Vaccination North-Western Provinces and Oudh 1896-1901 - 1896-1901
Year: 1896
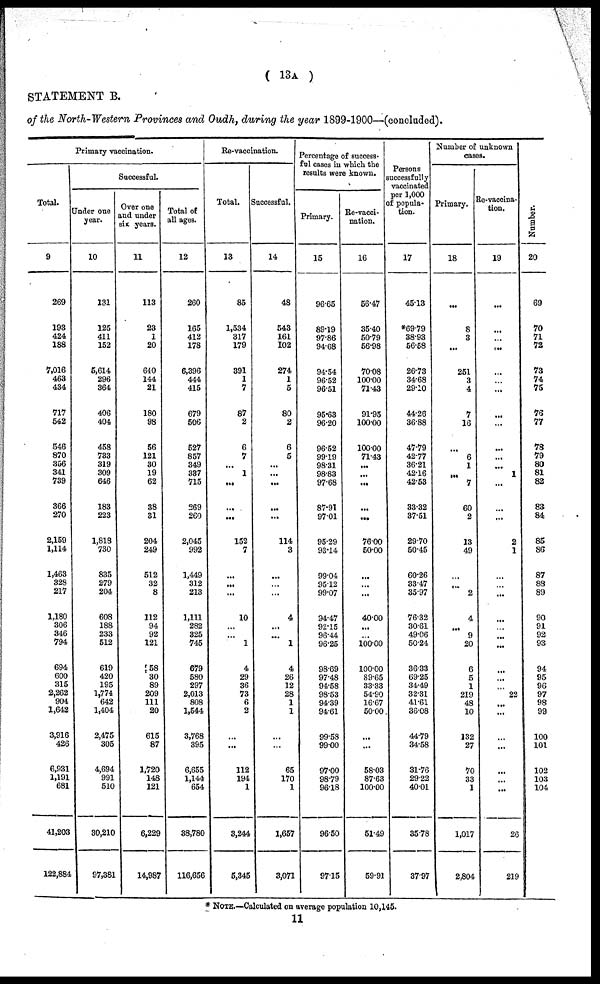
( 13A )
STATEMENT B.
of the North-Western Provinces and Oudh, during the year 1899-1900—(concluded).
Primary vaccination.
Total.
9
269
193
424
188
7,016
463
434
717
542
546
870
356
341
739
366
270
2,159
1,114
1,463
328
217
1,180
306
346
794
694
600
315
2,262
904
1,642
3,916
426
6,931
1,191
681
41,203
122,884
Successful.
Under one
year.
10
131
125
411
152
5,614
296
364
406
404
458
733
319
309
646
183
223
1,818
730
835
279
204
608
188
233
512
619
420
195
1,774
642
1,404
2,475
305
4,694
991
510
30,210
97,381
Over one
and under
six years.
11
113
23
1
20
610
144
21
180
98
56
121
30
19
62
38
31
204
249
512
32
8
112
94
92
121
558
30
89
209
111
20
615
87
1,720
148
121
6,229
14,987
Total of
all ages.
12
260
165
412
178
6,396
444
415
679
506
527
857
349
337
715
269
260
2,045
992
1,449
312
213
1,111
282
325
745
679
580
297
2,013
808
1,544
3,768
395
6,655
1,144
654
38,780
116,656
Re-vaccination.
Total.
13
85
1,534
317
179
391
1
7
87
2
6
7
...
1
...
...
...
152
7
...
...
...
10
...
...
1
4
29
36
73
6
2
...
...
112
194
1
3,244
5,345
Successful.
14
48
543
161
102
274
1
5
80
2
6
5
...
...
...
...
...
114
3
...
...
...
4
...
...
1
4
26
12
28
1
1
...
...
65
170
1
1,657
3,071
Percentage of success-
ful cases in which the
results were known.
Primary.
15
96.65
89.19
97.86
94.68
94.54
96.52
96.51
95.63
96.20
96.52
99.19
98.31
98.83
97.68
87.91
97.01
95.29
93.14
99.04
95.12
99.07
94.47
92.15
96.44
96.25
98.69
97.48
94.58
98.53
94.39
94.61
99.58
99.00
97.00
98.79
96.18
96.50
97.15
Re-vacci-
nation.
16
56.47
35.40
50.79
56.98
70.08
100.00
71.43
91.95
100.00
100.00
71.43
...
...
...
...
...
76.00
50.00
...
...
...
40.00
...
...
100.00
100.00
89.65
33.33
54.90
16.67
50.00
...
...
58.03
87.63
100.00
51.49
59.91
Persons
successfully
vaccinated
per 1,000
of popula-
tion.
17
45.13
*69.79
38.93
56.58
26.73
34.68
29.10
44.26
36.88
47.79
42.77
36.21
42.16
42.53
33.32
37.51
29.70
50.45
60.26
33.47
35.97
76.32
30.61
49.06
50.24
36.33
69.25
34.49
32.31
41.61
36.08
44.79
34.58
31.76
29.22
40.01
35.78
37.97
Number of unknown
cases.
Primary.
18
...
8
3
...
251
3
4
7
16
...
6
1
...
7
60
2
13
49
...
...
2
4
...
9
20
6
5
1
219
48
10
132
27
70
33
1
1,017
2,804
Re-vaccina-
tion.
19
...
...
...
...
...
...
...
...
...
...
...
...
1
...
...
...
2
1
...
...
...
...
...
...
...
...
...
...
22
...
...
...
...
...
...
...
26
219
Number.
20
69
70
71
72
73
74
75
76
77
78
79
80
81
82
83
84
85
8G
87
88
89
90
91
92
93
94
95
96
97
98
99
100
101
102
103
104
* NOTE—Calculated on average population 10,145.
11